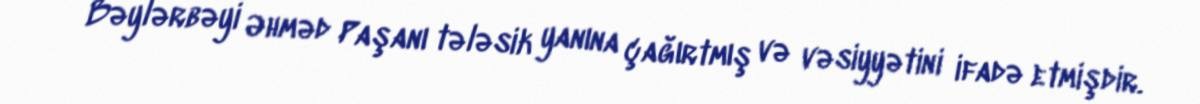
Bəylərbəyi Əhməd Paşanı tələsik yanına çağırtmış və vəsiyyətini ifadə etmişdir.